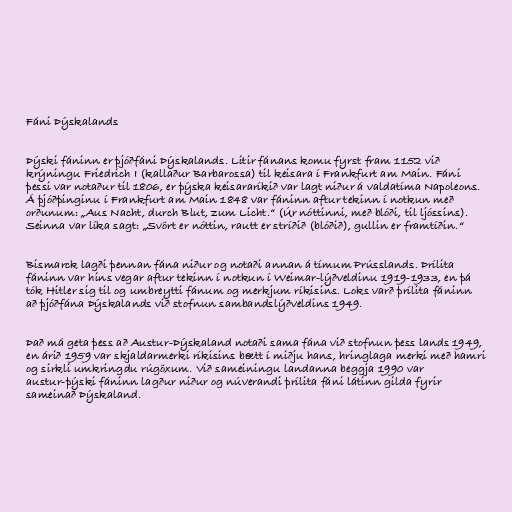
Fáni Þýskalands

Þýski fáninn er þjóðfáni Þýskalands. Litir fánans komu fyrst fram 1152 við
krýningu Friedrich I (kallaður Barbarossa) til keisara í Frankfurt am Main. Fáni
þessi var notaður til 1806, er þýska keisararíkið var lagt niður á valdatíma Napoleons.
Á þjóðþinginu í Frankfurt am Main 1848 var fáninn aftur tekinn í notkun með
orðunum: „Aus Nacht, durch Blut, zum Licht.“ (Úr nóttinni, með blóði, til ljóssins).
Seinna var líka sagt: „Svört er nóttin, rautt er stríðið (blóðið), gullin er framtíðin.“

Bismarck lagði þennan fána niður og notaði annan á tímum Prússlands. Þrílita
fáninn var hins vegar aftur tekinn í notkun í Weimar-lýðveldinu 1919-1933, en þá
tók Hitler sig til og umbreytti fánum og merkjum ríkisins. Loks varð þrílita fáninn
að þjóðfána Þýskalands við stofnun sambandslýðveldins 1949.

Það má geta þess að Austur-Þýskaland notaði sama fána við stofnun þess lands 1949,
en árið 1959 var skjaldarmerki ríkisins bætt í miðju hans, hringlaga merki með hamri
og sirkli umkringdu rúgöxum. Við sameiningu landanna beggja 1990 var
austur-þýski fáninn lagður niður og núverandi þrílita fáni látinn gilda fyrir
sameinað Þýskaland.